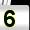
Digit: 5